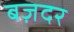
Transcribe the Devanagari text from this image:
बज़दर